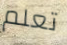
تعلم